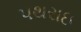
પથરાઇ